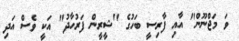
ވަ މަޖްނޫން" އާއި ފާރިސީ ބަހުގެ "ޝީރީން ފަރުހާދު" އަކީ ވެސް އަދި